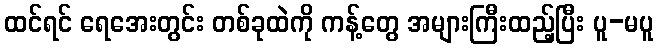
ထင်ရင် ရေအေးတွင်း တစ်ခုထဲကို ကန့်တွေ အများကြီးထည့်ပြီး ပူ-မပူ